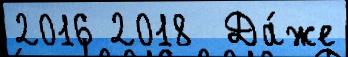
2016 2018  Да́же